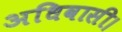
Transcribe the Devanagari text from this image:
अधिवासी।